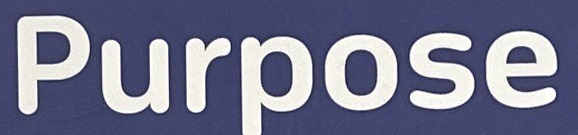
Purpose